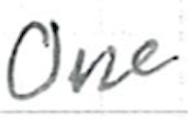
Text: One
Cross-out: clean
Writing tool: ballpoint